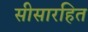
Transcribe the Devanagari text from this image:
सीसारहित